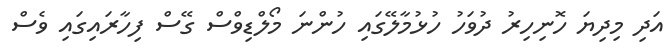
އަދި މިދިޔަ ހޮނިހިރު ދުވަހު ހުޅުމާލޭގައި ހުންނަ މޯލްޑިވްސް ގޭސް ފިހާރައިގައި ވެސް